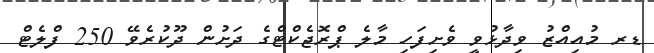
ޑރ މުއިއްޒު ވިދާޅުވީ ވެށިފަހި މާލެ ޕްރޮޖެކްޓްގެ ދަށުން ދޫކުރެވޭ 250 ފްލެޓް